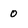
Character: 0